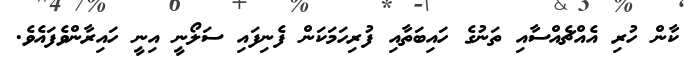
ކާން ހުރި އެއްޗެއްސާއި ތަނުގެ ހައިބަތާއި ފުރިހަމަކަން ފެނިފައި ސަލޯނީ އިނީ ހައިރާންވެފައެވެ.